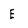
Character: E